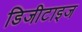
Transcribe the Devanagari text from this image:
डिजीटाइज